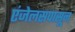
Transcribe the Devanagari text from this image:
एंजेलसपासून